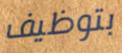
بتوظيف